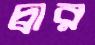
দ্বার